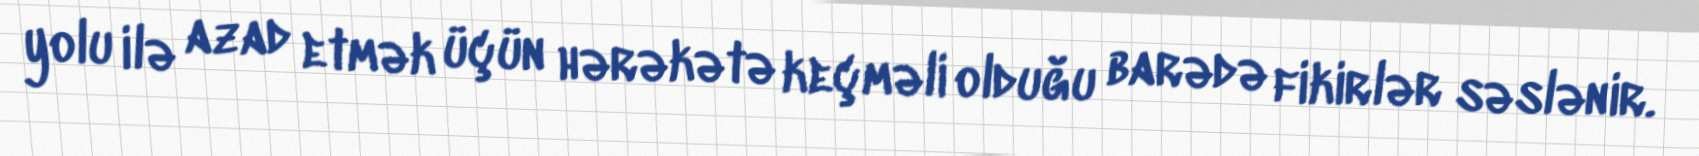
yolu ilə azad etmək üçün hərəkətə keçməli olduğu barədə fikirlər səslənir.